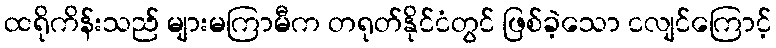
ထရိုကိန်းသည် များမကြာမီက တရုတ်နိုင်ငံတွင် ဖြစ်ခဲ့သော ငလျင်ကြောင့်